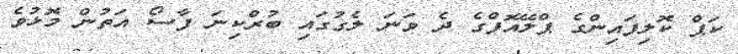
ކަޕް ކޮލިފައިންގެ ޕްލޭއޮފްގެ ދެ ވަނަ ލެގުގައި ބުރްކިނަ ފާސޯ އަތުން މޮޅުވެ